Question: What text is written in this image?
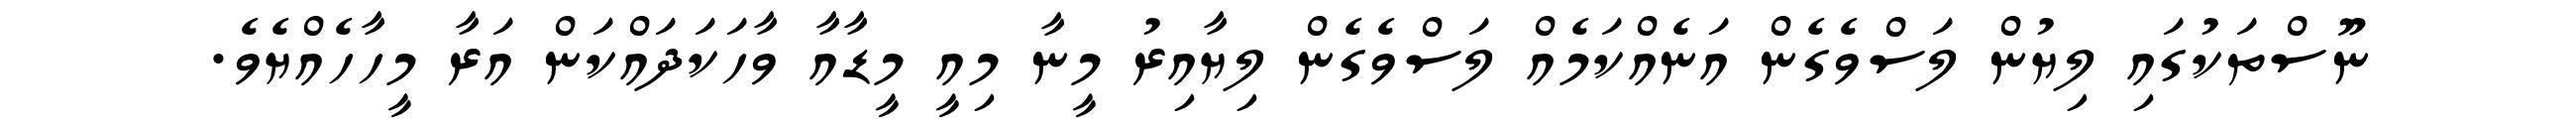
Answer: ނޫސްތަކުގައި ލިޔުން ލަސްވެގެން އަނެއްކަމެއް ލަސްވެގެން ލިޔާއިރު މީނާ މިއީ މީޑާއާ ވާހަކަދައްކަން އަރާ މީހާހެއްޔެވެ.